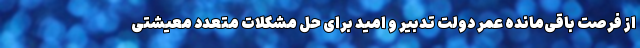
از فرصت باقی‌مانده عمر دولت تدبیر و امید برای حل مشکلات متعدد معیشتی